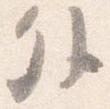
外